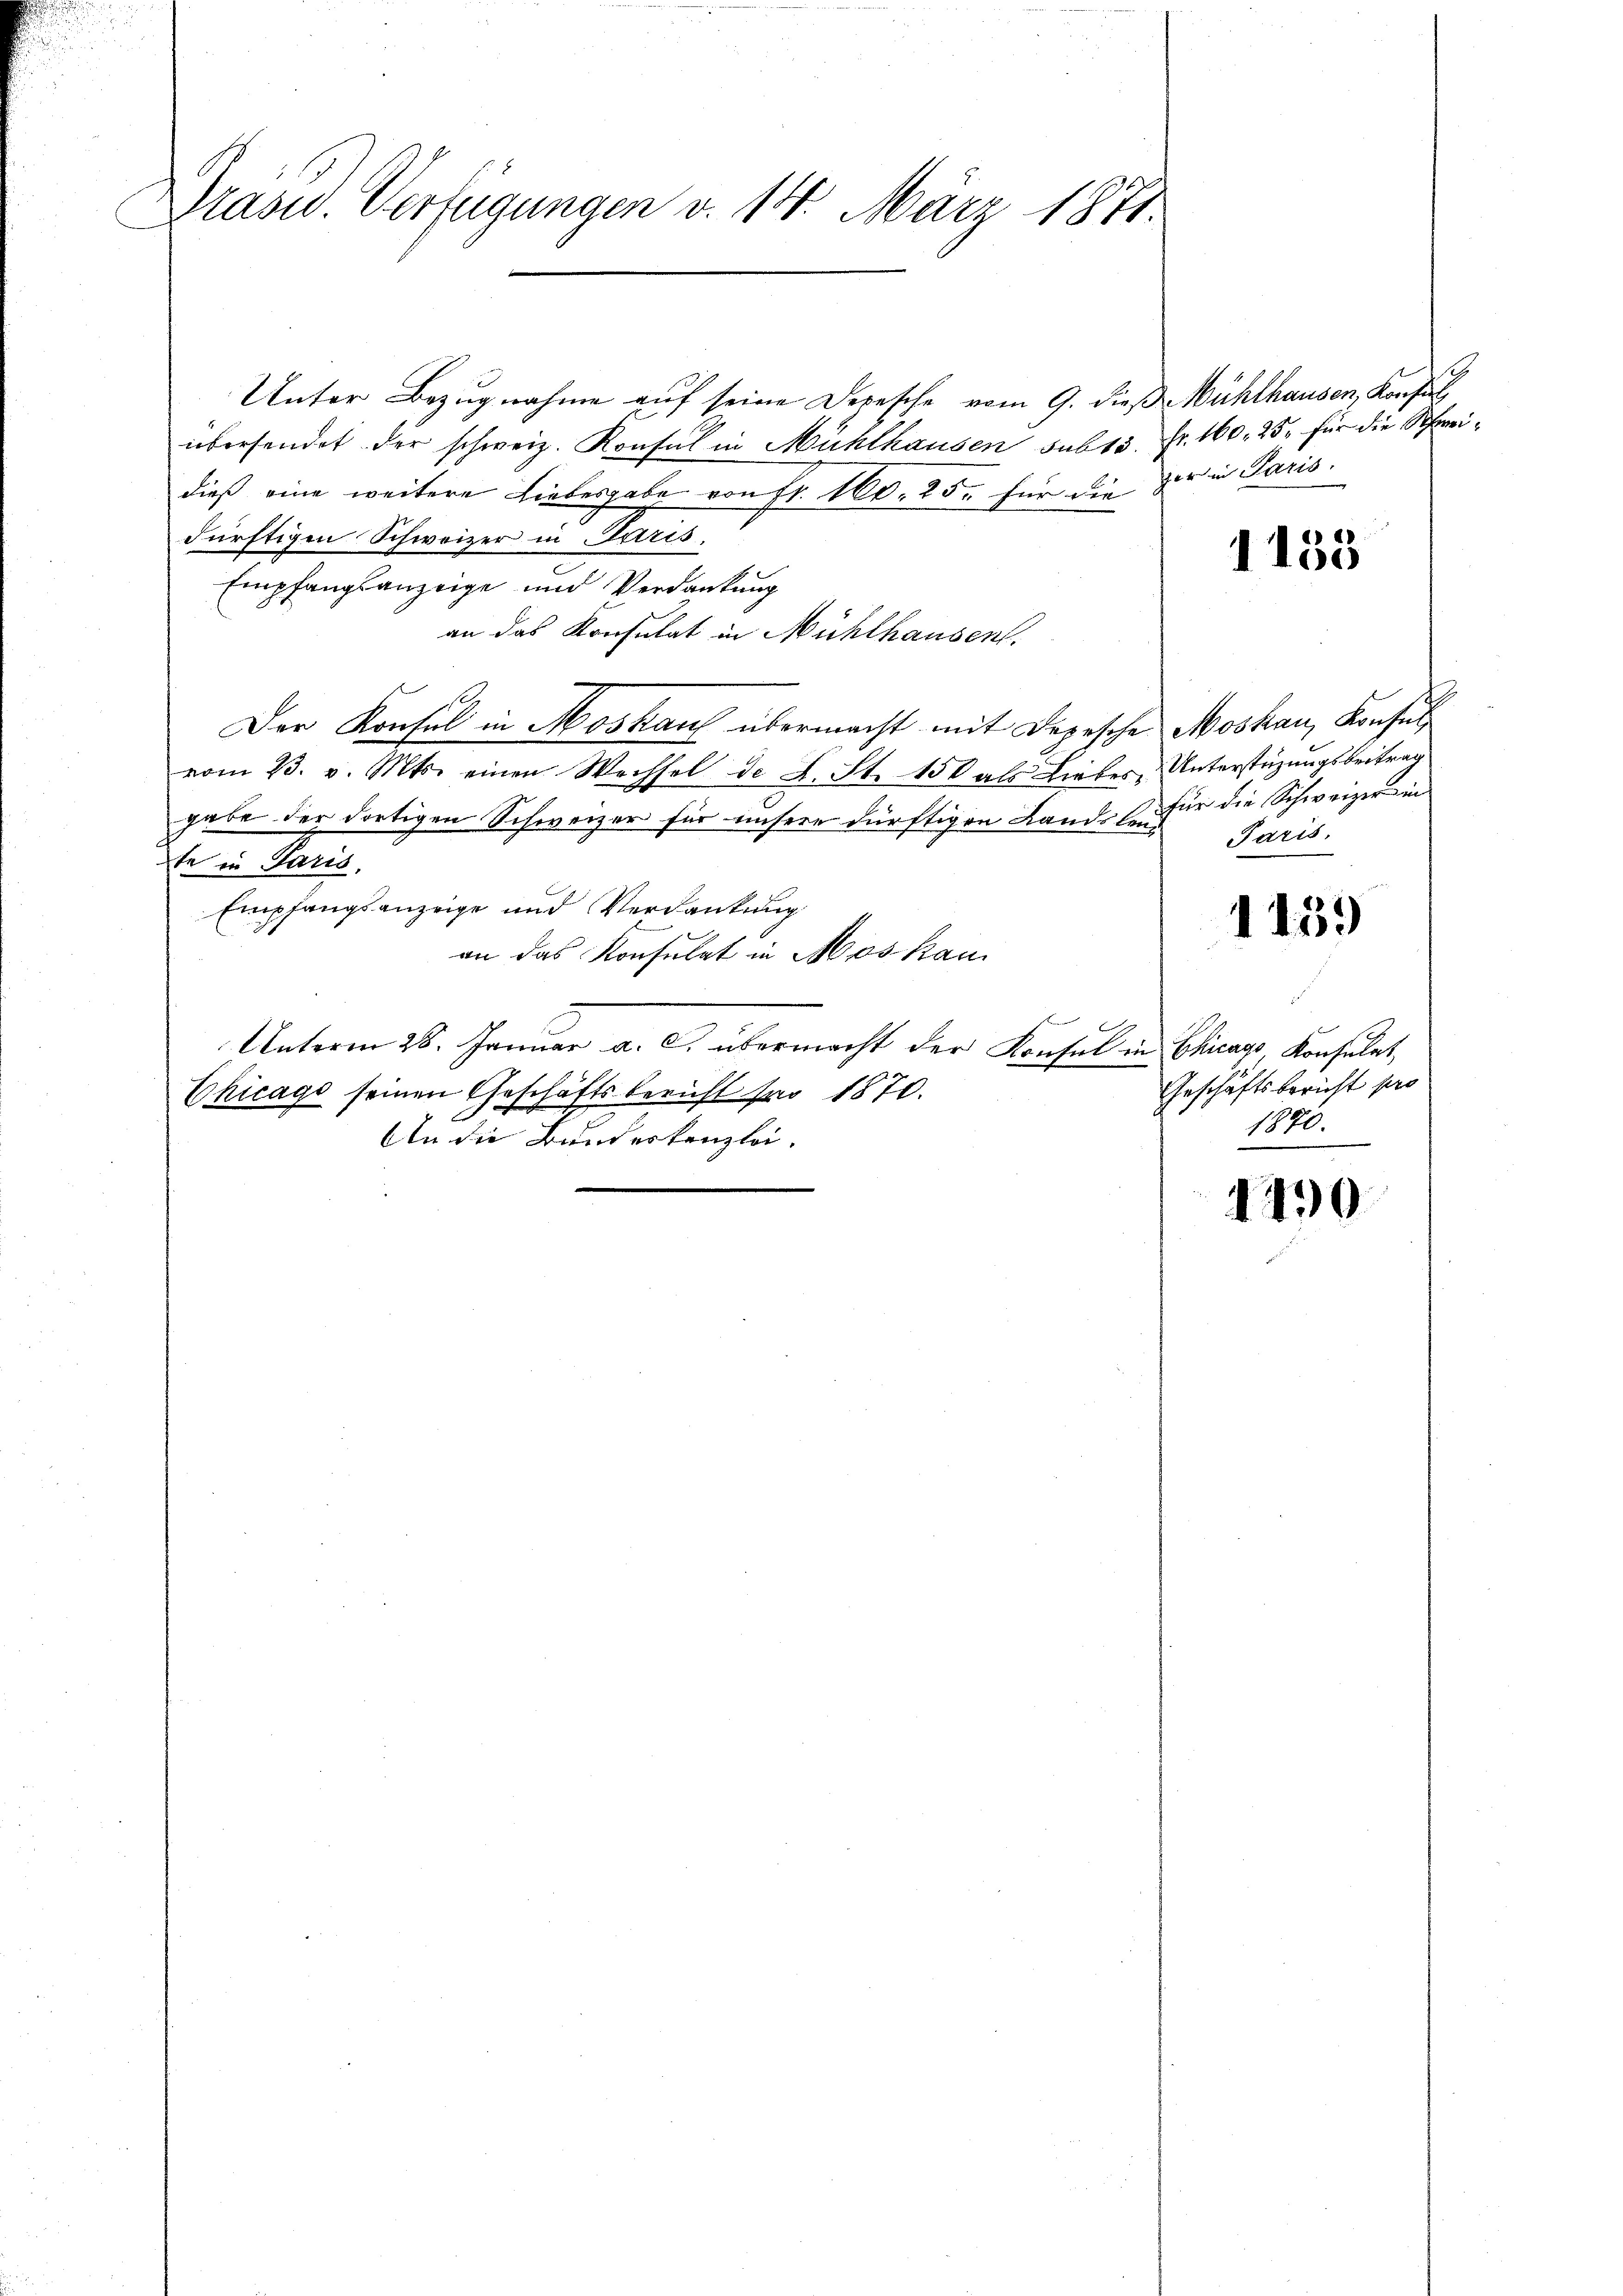
Präsid. Verfügungen v. 14. März 1871.

Unter Bezugnahme auf seine Depesche vom 9. dieß Mühlhausen, Konfe
übersendet der schweiz. Konsul in Mühlhausen sub 15. Fr. 160. 25. für die Schweidieß eine weitere Liebesgabe von Fr. 160. 25. für die der in Paris
dürftigen Schweizer in Paris.
Empfangsanzeige und Verdankung
an das Konsulat in Mühlhausen.
Der Konsul in Moskauf übermacht mit Depesche Moskau, Konfes
vom 23. v. Mts. einen Wechsel de L. St. 150 als Liebes, Unterstüzungsbeitrag
gabe der dortigen Schweizer für unsere dürftigen Lande se für die Schweizer in
Den Paris.
Empfangsanzeige und Verdankung
an das Konsulat in Moskau
i
Unterm 28. Januar a. c. übermacht der Konsul in Chicago Konsulat
Chicago seinen Geschäftsberuft pro 1870.
An die Bundeskanzlei.

1153

Paris,

1439

Geschäftsbericht pro
1870.

1490